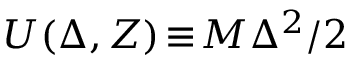
{ \cal U } ( \Delta , Z ) \! \equiv \! M \Delta ^ { 2 } / 2